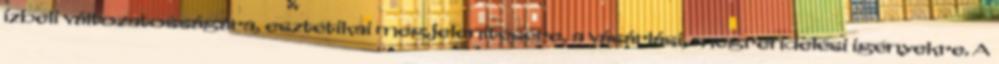
ízbeli változatosságára, esztétikai megjelenítésére, a vásárlási, megrendelési igényekre. A